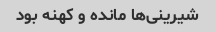
شیرینی‌ها مانده و کهنه بود